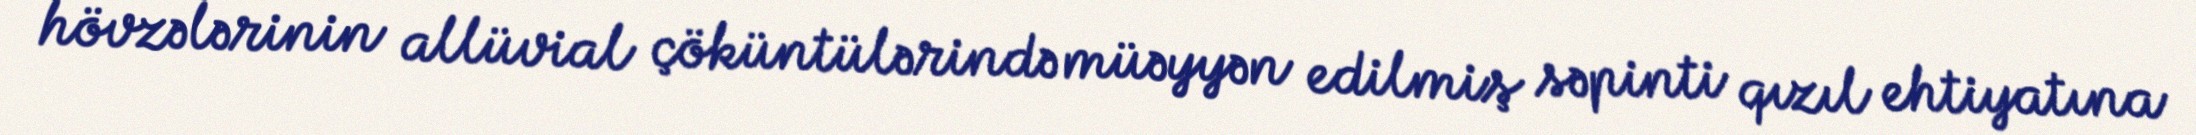
hövzələrinin allüvial çöküntülərində müəyyən edilmiş səpinti qızıl ehtiyatına